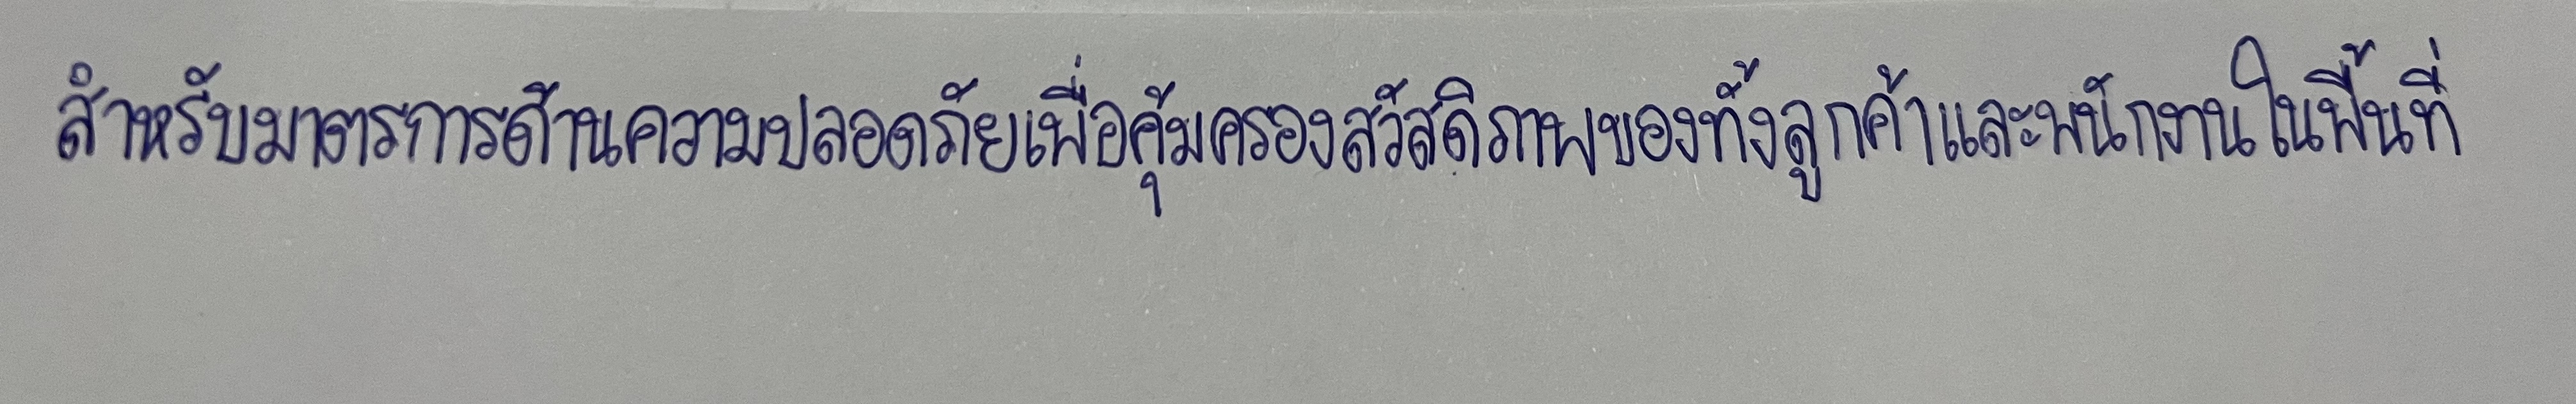
สำหรับมาตรการด้านความปลอดภัยเพื่อคุ้มครองสวัสดิภาพของทั้งลูกค้าและพนักงานในพื้นที่